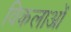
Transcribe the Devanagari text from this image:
विकलाओं